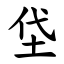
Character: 垈